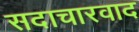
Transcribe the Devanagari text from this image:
सदाचारवाद